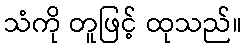
သံကို တူဖြင့် ထုသည်။